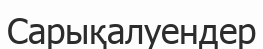
Сарықалуендер